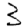
Digit: 3